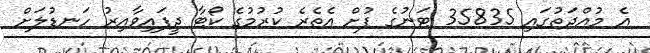
އެ މުއްދަތުގައި 35835 ޓަނުގެ ފުށް އެތެރެ ކުރުމުގެ ކޯޓާ ދީފައިވާއިރު ހަނޑުލަށް